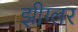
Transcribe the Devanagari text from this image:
झीग्लर